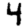
Digit: 4